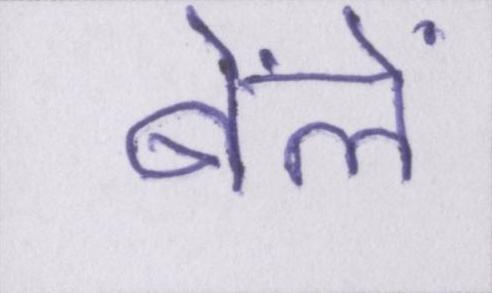
बेंलें